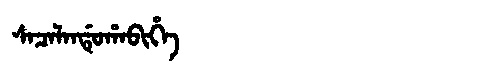
Manchu: ᠰᠠᠴᠠᠯᠠᠨᡩᡠᡥᠠᠪᡳᡥᡝ
Romanization: SACALANDUHABIHE